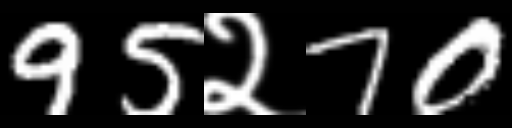
Text: 95२70